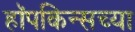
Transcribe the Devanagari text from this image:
हॉपकिन्सच्या